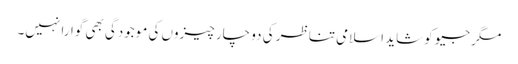
مگر جیو کو شاید اسلامی تناظر کی دو چار چیزوں کی موجودگی بھی گوارا نہیں۔